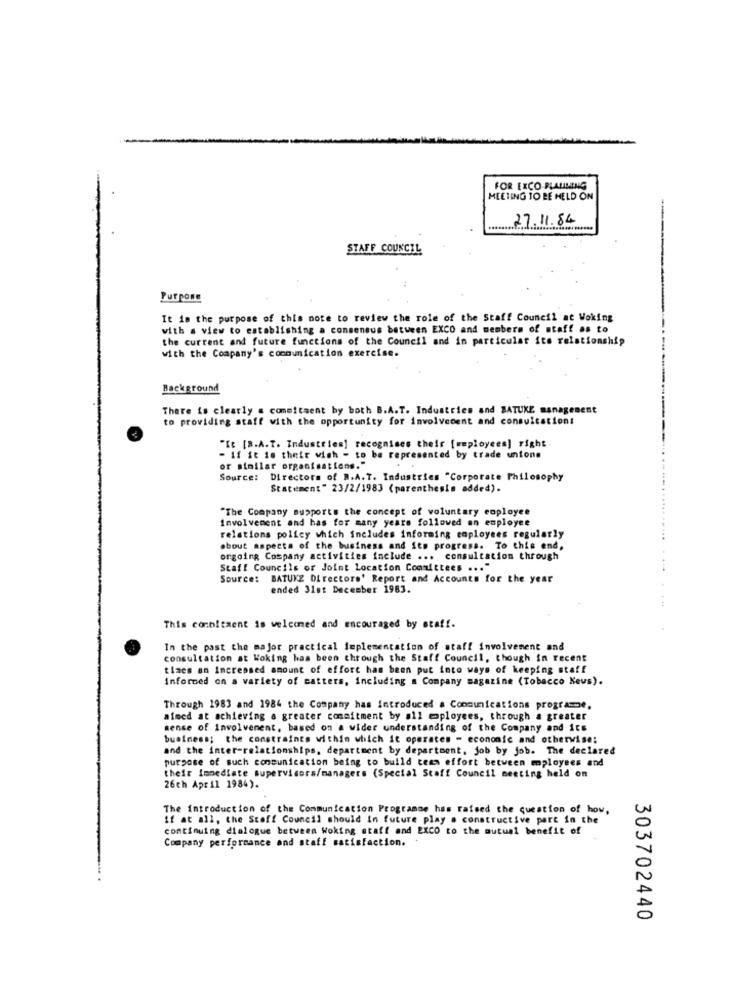
FOR EXCO PLANNING
MEETING TO BE HELD ON
27.11.84
-
STAFF COUNCIL
Purpose
It is the purpose of this note to review the role of the Staff Council at Woking
with a view to establishing a consensus between EXCO and members of staff as to
the current and future functions of the Council and in particular ite relationship
with the Company's communication exercise.
Background
There is clearly a comeitsent by both B.A.T. Industries and BATUKE management
to providing staff with the opportunity for involvement and consuication:
"It [8.A.T. Industries] recognises their [employees] right.
- If it is their wish - to be represented by trade unions
or similar organisations."
..
Source: Directors of B.A.T. Industries "Corporate Philosophy
Statement" 23/2/1983 (parenthesis added).
"The Company supports the concept of voluntary employee
Involvement and has for many years followed an employee
relations policy which includes informing employees regularly
......... .....
about aspects of the business and its progress. To this end.
ongoing Company activities include ... consultation through
Staff Councils of Joint Location Committees ... "
....
Source: BATUKE Directors' Report and Accounts for the year
ended 31st December 1983.
This conbitaent is welcomed and encouraged by staff.
In the past the major practical implementation of staff involvement and
consultation at Woking has been through the Staff Council, though in recent
tiacs an increased amount of effort has been put into ways of keeping staff
Informed on a variety of matters, including a Company magazine (Tobacco Keus).
Through 1983 and 1984 the Company has introduced a Communications programe,
aimed at achieving a greater commitment by all mployees, through a greater
sense of Involvement, based on a wider understanding of the Company and its
business; the constraints within which it operates - economic and otherwise:
and the inter-relationships, department by department, job by job. The declared
purpose of such consunication being to build team effort between mployees and
their Immediate supervisors/managers (Special Stoff Council meeting held on
26ch April 1984).
The introduction of the Communication Programme has raised the question of how,
if at all, the Stoff Council should in future play . constructive part in the
continuing dialogue between Woking staff and EXCO to the mutual benefit of
Company performance and staff satisfaction.
303702440